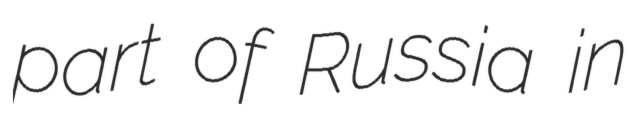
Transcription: part of Russia in